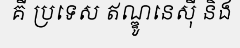
គឺ ប្រទេស ឥណ្ឌូនេស៊ី និង